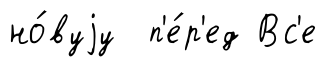
но́вуjу п'е́р'ед Вс'е